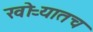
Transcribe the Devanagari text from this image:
खोऱ्यातच